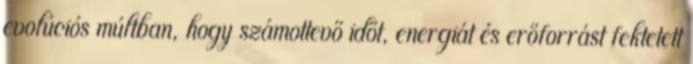
evolúciós múltban, hogy számottevő időt, energiát és erőforrást fektetett